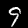
Label: 9